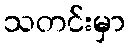
သတင်းမှာ